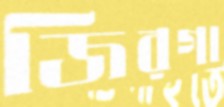
জিরগা